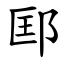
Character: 邼